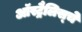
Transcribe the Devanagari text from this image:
ऑस्ट्रैलिस्चे